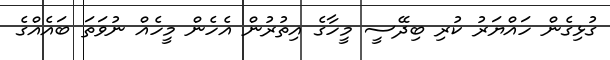
ގުޅިގެން ހައްޔަރު ކުރި ބިދޭސީ މީހާގެ އިތުރުން އެެހެން މީހެއް ނުވަތަ ބައެއްގެ